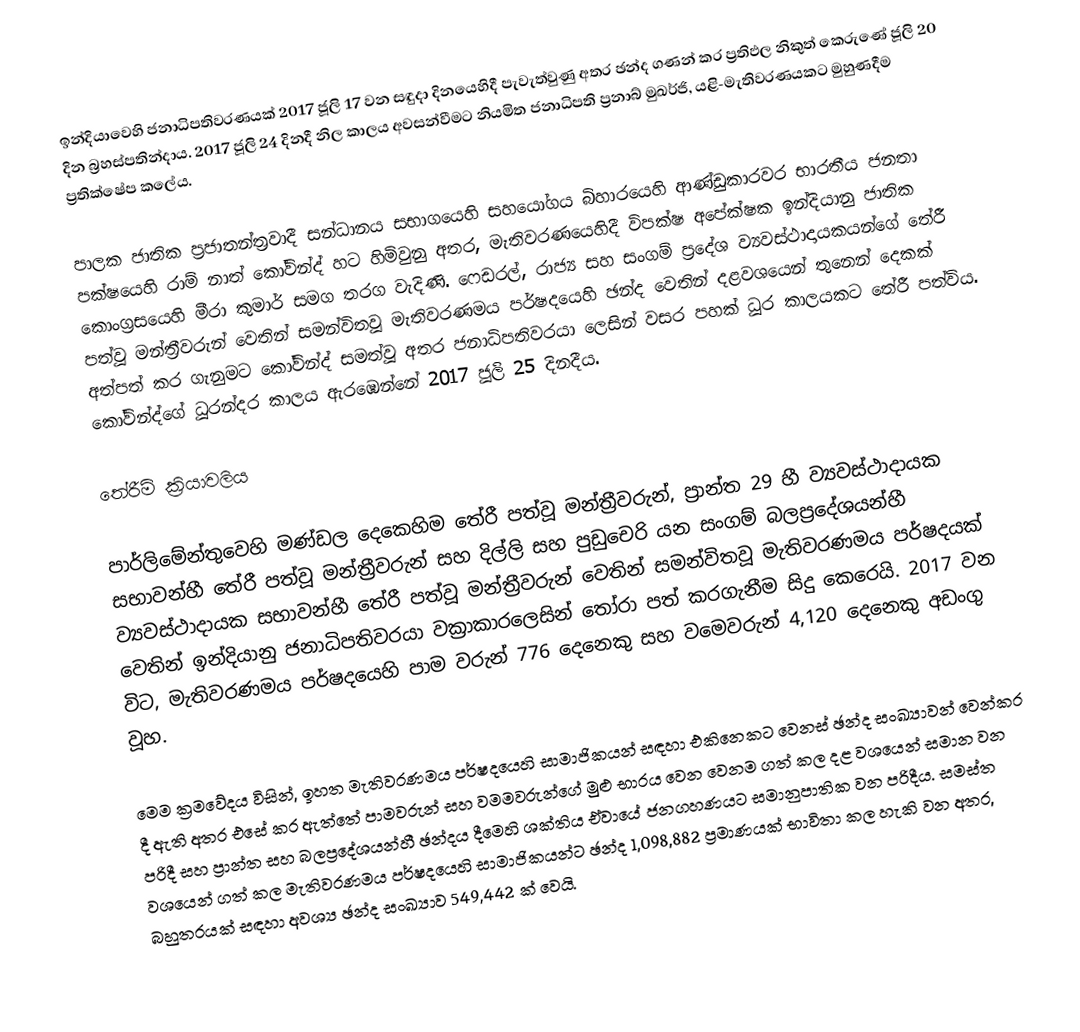
ඉන්දියාවෙහි  ජනාධිපතිවරණයක් 2017 ජූලි 17 වන සඳුදා දිනයෙහිදී පැවැත්වුණු අතර ඡන්ද ගණන් කර ප්‍රතිඵල නිකුත් කෙරුණේ ජූලි 20 දින බ්‍රහස්පතින්දාය. 2017 ජූලි 24 දිනදී නිල කාලය අවසන්වීමට නියමිත ජනාධිපති ප්‍රනාබ් මුඛර්ජි, යළි-මැතිවරණයකට මුහුණදීම ප්‍රතික්ෂේප කලේය.

පාලක  ජාතික ප්‍රජාතන්ත්‍රවාදී සන්ධානය සභාගයෙහි සහයෝගය බිහාරයෙහි ආණ්ඩුකාරවර භාරතීය ජනතා පක්ෂයෙහි රාම් නාත් කෝවින්ද් හට හිමිවුනු අතර, මැතිවරණයෙහිදී විපක්ෂ අපේක්ෂක ඉන්දියානු ජාතික කොංග්‍රසයෙහි මීරා කුමාර් සමග තරග වැදිණි. ෆෙඩරල්, රාජ්‍ය සහ සංගම් ප්‍රදේශ ව්‍යවස්ථාදායකයන්ගේ තේරී පත්වූ මන්ත්‍රීවරුන් වෙතින් සමන්විතවූ  මැතිවරණමය පර්ෂදයෙහි ඡන්ද වෙතින් දළවශයෙන් තුනෙන් දෙකක් අත්පත් කර ගැනුමට කෝවින්ද් සමත්වූ අතර  ජනාධිපතිවරයා ලෙසින් වසර පහක් ධූර කාලයකට තේරී පත්විය.  කෝවින්ද්ගේ  ධූරන්දර කාලය ඇරඹෙන්නේ 2017 ජූලි 25 දිනදීය.

තේරීම් ක්‍රියාවලිය

පාර්ලිමේන්තුවෙහි මණ්ඩල දෙකෙහිම තේරී පත්වූ මන්ත්‍රීවරුන්, ප්‍රාන්ත 29 හී  ව්‍යවස්ථාදායක සභාවන්හී තේරී පත්වූ මන්ත්‍රීවරුන් සහ දිල්ලි සහ පුඩුචෙරි යන සංගම් බලප්‍රදේශයන්හී ව්‍යවස්ථාදායක සභාවන්හී තේරී පත්වූ මන්ත්‍රීවරුන් වෙතින් සමන්විතවූ මැතිවරණමය පර්ෂදයක් ‍වෙතින් ඉන්දියානු ජනාධිපතිවරයා   වක්‍රාකාරලෙසින් තෝරා පත් කරගැනීම සිදු කෙරෙයි.  2017 වන විට, මැතිවරණමය පර්ෂදයෙහි පාම වරුන්  776 දෙනෙකු සහ වම‍ෙවරුන් 4,120 දෙනෙකු අඩංගු වූහ.

මෙම ක්‍රමවේදය විසින්, ඉහත මැතිවරණමය පර්ෂදයෙහි සාමාජිකයන් සඳහා එකිනෙකට වෙනස් ඡන්ද සංඛ්‍යාවන් වෙන්කර දී ඇති අතර එසේ කර ඇත්තේ පාමවරුන් සහ වමමවරුන්ගේ මුළු භාරය වෙන වෙනම ගත් කල දළ වශයෙන් සමාන වන පරිදී සහ ප්‍රාන්ත සහ බලප්‍රදේශයන්හී ඡන්දය දීමෙහි ශක්තිය ඒවායේ ජනගහණයට සමානුපාතික වන පරිදීය. සමස්ත වශයෙන් ගත් කල මැතිවරණමය පර්ෂදයෙහි සාමාජිකයන්ට  ඡන්ද  1,098,882 ප්‍රමාණයක් භාවිතා කල හැකි වන අතර, බහුතරයක් සඳහා අවශ්‍ය ඡන්ද සංඛ්‍යාව 549,442 ක් වෙයි.